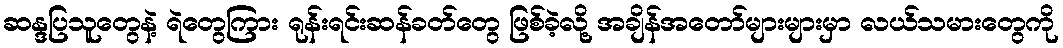
ဆန္ဒပြသူတွေနဲ့ ရဲတွေကြား ရုန်းရင်းဆန်ခတ်တွေ ဖြစ်ခဲ့လို့ အချိန်အတော်များများမှာ လယ်သမားတွေကို